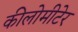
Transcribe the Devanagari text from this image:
कीलोमीटेर